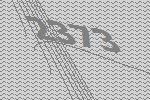
2373